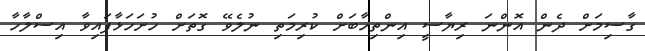
ގާސިމަށް ދެން އޮންނަ ރިޔާސީ އިންތިހާބަށް ކުރިމަތި ނުލެވޭ ގޮތަށް ހުށަހަޅާފައިވާ އިސްލާހާ